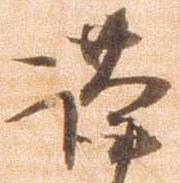
謹